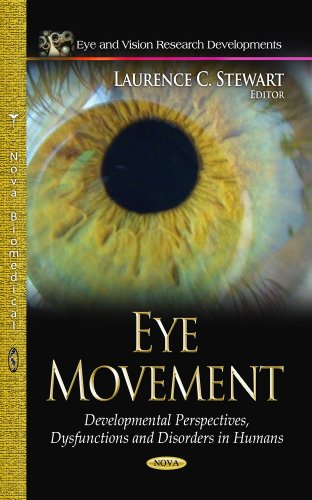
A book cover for Eye Movement: Developmental Perspectives, Dysfunctions and Disorders in Humans (Eye and Vision Research Developments); Medical Books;